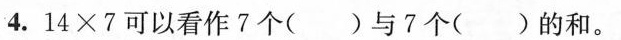
4.$$1 4 \times 7$$可以看作7个( )与7个( )的和。